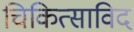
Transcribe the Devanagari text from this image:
चिकित्साविद